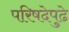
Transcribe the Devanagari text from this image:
परिषदेपुढे